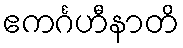
ဧကင်္ဂဟီနာတိ